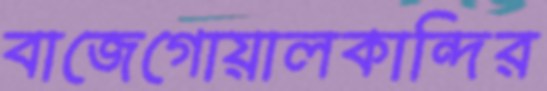
বাজেগোয়ালকান্দির